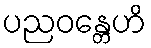
ပညဝန္တေဟိ